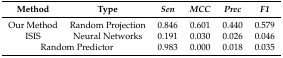
<table><thead><tr><td><b>Method</b></td><td><b>Type</b></td><td><b><i>Sen</i></b></td><td><b><i>MCC</i></b></td><td><b><i>Prec</i></b></td><td><b><i>F1</i></b></td></tr></thead><tbody><tr><td>Our Method</td><td>Random Projection</td><td>0.846</td><td>0.601</td><td>0.440</td><td>0.579</td></tr><tr><td>ISIS</td><td>Neural Networks</td><td>0.191</td><td>0.030</td><td>0.026</td><td>0.046</td></tr><tr><td colspan="2">Random Predictor</td><td>0.983</td><td>0.000</td><td>0.018</td><td>0.035</td></tr></tbody></table>